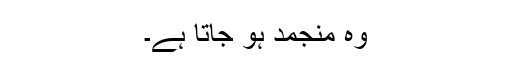
وہ منجمد ہو جاتا ہے۔